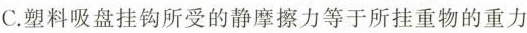
C.塑料吸盘挂钩所受的静摩擦力等于所挂重物的重力